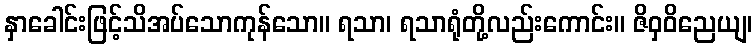
နှာခေါင်းဖြင့်သိအပ်သောကုန်သော။ ရသာ၊ ရသာရုံတို့လည်းကောင်း။ ဇိဝှဝိညေယျ၊